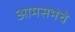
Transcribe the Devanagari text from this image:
आमसभेचे